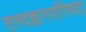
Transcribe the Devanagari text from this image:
तत्त्वज्ञानपरिषदा